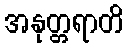
အနုတ္တရာတိ